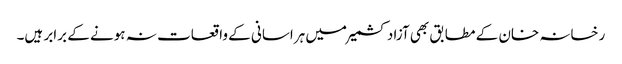
رخسانہ خان کے مطابق بھی آزاد کشمیر میں ہراسانی کے واقعات نہ ہونے کے برابر ہیں۔